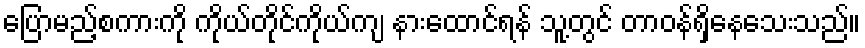
ပြောမည့်စကားကို ကိုယ်တိုင်ကိုယ်ကျ နားထောင်ရန် သူ့တွင် တာဝန်ရှိနေသေးသည်။